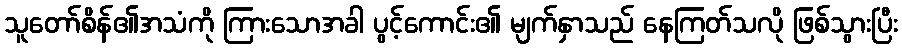
သူတော်စိန်၏အသံကို ကြားသောအခါ ပွင့်ကောင်း၏ မျက်နှာသည် နေကြတ်သလို ဖြစ်သွားပြီး